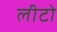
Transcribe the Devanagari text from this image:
लीटो